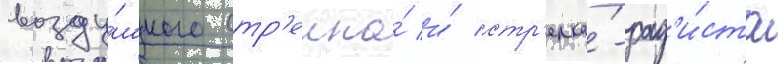
возду́шного стр'елка́ и́ стр'елка́-рад'и́ста